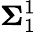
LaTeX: \mathbf{\Sigma}_{1}^{1}